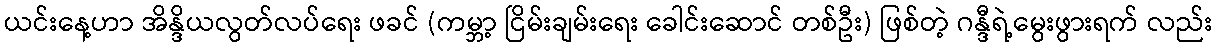
ယင်းနေ့ဟာ အိန္ဒိယလွတ်လပ်ရေး ဖခင် (ကမ္ဘာ့ ငြိမ်းချမ်းရေး ခေါင်းဆောင် တစ်ဦး) ဖြစ်တဲ့ ဂန္ဒီရဲ့မွေးဖွားရက် လည်း